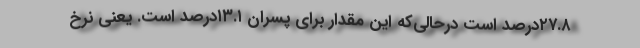
۲۷.۸درصد است درحالی‌که این مقدار برای پسران ۱۳.۱درصد است. یعنی نرخ